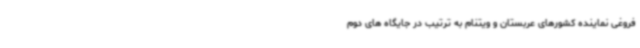
فروغی نماینده کشورهای عربستان و ویتنام به ترتیب در جایگاه های دوم